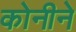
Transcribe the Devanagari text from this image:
कोनीने